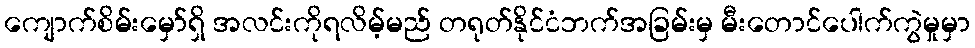
ကျောက်စိမ်းမှော်ရှိ အလင်းကိုရလိမ့်မည် တရုတ်နိုင်ငံဘက်အခြမ်းမှ မီးတောင်ပေါက်ကွဲမှုမှာ